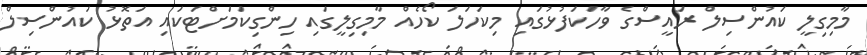
މާމިގިލީ ކައުންސިލް ރައީސްގެ ވާހަކަފުޅުގައި މިކަހަލަ ކޯހެއް މާމިގިލީގައި ހިންގިކަމަށްޓަކައި އަތޮޅު ކައުންސިލް